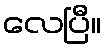
လေပြီ။